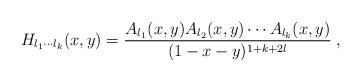
LaTeX: \begin{align*}H_{l_1\cdots l_k}(x,y)=\frac{A_{l_1}(x,y)A_{l_2}(x,y)\cdots A_{l_k}(x,y)}{(1-x-y)^{1+k+2l}}\; ,\end{align*}